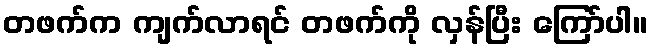
တဖက်က ကျက်လာရင် တဖက်ကို လှန်ပြီး ကြော်ပါ။